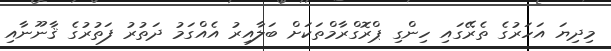
މިދިޔަ އަހަރުގެ ތެރޭގައި ހިންގި ޕްރޮގްރާމްތަކަށް ބަލާއިރު އެއްގަމު ދަތުރު ފަތުރުގެ ޤާނޫނާއި